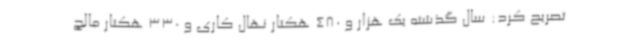
تصریح کرد: سال گذشته یک هزار و 480 هکتار نهال کاری و 330 هکتار مالچ